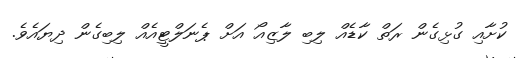
ކުށާއި ގުޅިގެން ރަތް ކާޑެއް ލިބި ލާޒިއޯ އަށް ޕެނަލްޓީއެއް ލިބިގެން ދިޔައެވެ.